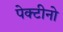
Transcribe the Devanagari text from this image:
पेक्टीनो